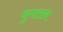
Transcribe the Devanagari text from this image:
जुगाराला